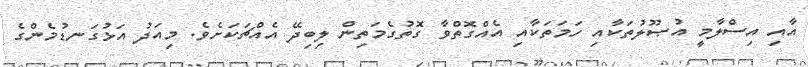
އާއި އިސްލާމީ އުޞޫލުތަކާއި ހަމަތަކާއި އެއްގޮތްވާ ގޮތުގެމަތިން ލިބިދޭ އެއްޗަކަށެވެ. މިއަދު އަޅުގަނޑުމެންގެ